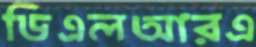
ডিএলআরএ